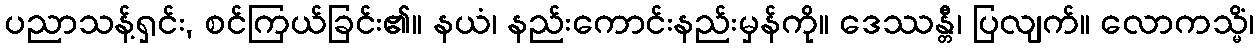
ပညာသန့်ရှင်း, စင်ကြယ်ခြင်း၏။ နယံ၊ နည်းကောင်းနည်းမှန်ကို။ ဒေဿန္တီ၊ ပြလျက်။ လောကသ္မိံ၊